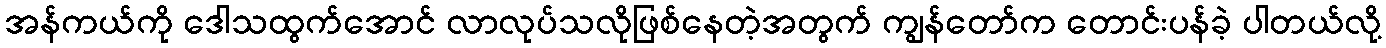
အန်ကယ်ကို ဒေါသထွက်အောင် လာလုပ်သလိုဖြစ်နေတဲ့အတွက် ကျွန်တော်က တောင်းပန်ခဲ့ ပါတယ်လို့